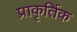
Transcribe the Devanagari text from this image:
प्राकृर्तिक